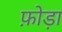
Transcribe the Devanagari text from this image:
फ़ोड़ा